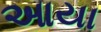
આયા